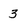
Character: 3